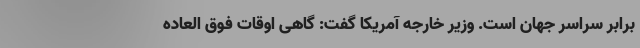
برابر سراسر جهان است. وزیر خارجه آمریکا گفت: گاهی اوقات فوق العاده